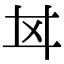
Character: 𢌰